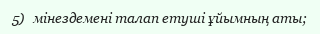
5)   мінездемені талап етуші ұйымның аты;